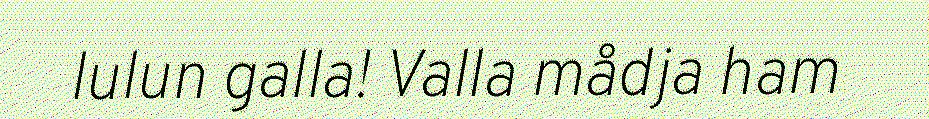
lulun galla! Valla mådja ham